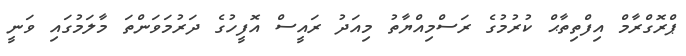
ޕްރޮގްރާމް އިފްތިތާޙް ކުރުމުގެ ރަސްމިއްޔާތު މިއަދު ރައީސް އޮފީހުގެ ދަރުމަވަންތަ މާލަމުގައި ވަނީ